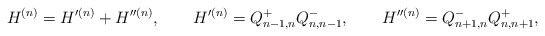
\begin{align*}H^{(n)} = H'^{(n)} + H''^{(n)}, \qquad H'^{(n)} = Q^+_{n-1,n} Q^-_{n,n-1},\qquad H''^{(n)} = Q^-_{n+1,n} Q^+_{n,n+1}, \end{align*}